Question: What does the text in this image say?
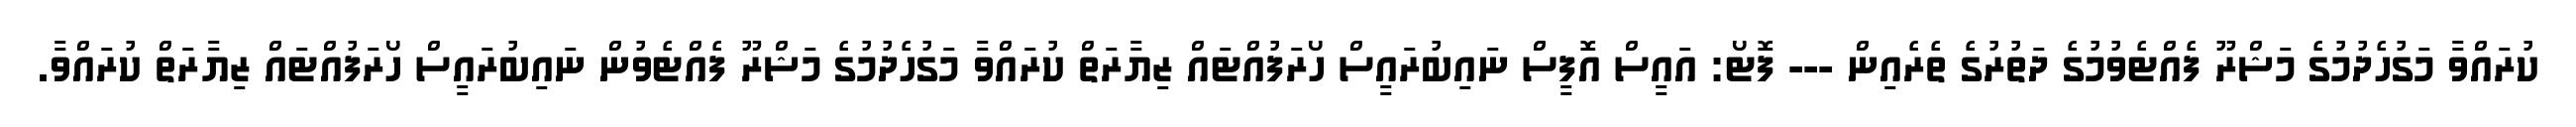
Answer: ކުރައްވާ މަގުހެދުމުގެ މަޝްރޫ ފެއްޓެވުމުގެ ދަތުރުގެ ތެރެއިން --- ފޮޓޯ: އައީސް އޮފީސް ނައިބުރައީސް ހޯރަފުއްޓައް ޒިޔާރަތް ކުރައްވާ މަގުހެދުމުގެ މަޝްރޫ ފެއްޓެވުން ނައިބުރައީސް ހޯރަފުއްޓައް ޒިޔާރަތް ކުރައްވާ.